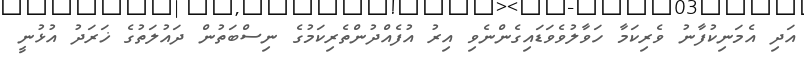
އަދި އެމަނިކުފާނު ވެރިކަމާ ހަވާލުވެވަޑައިގެންނެވި އިރު އުފެއްދުންތެރިކަމުގެ ނިސްބަތުން ދައުލަތުގެ ޚަރަދު އުޅުނީ